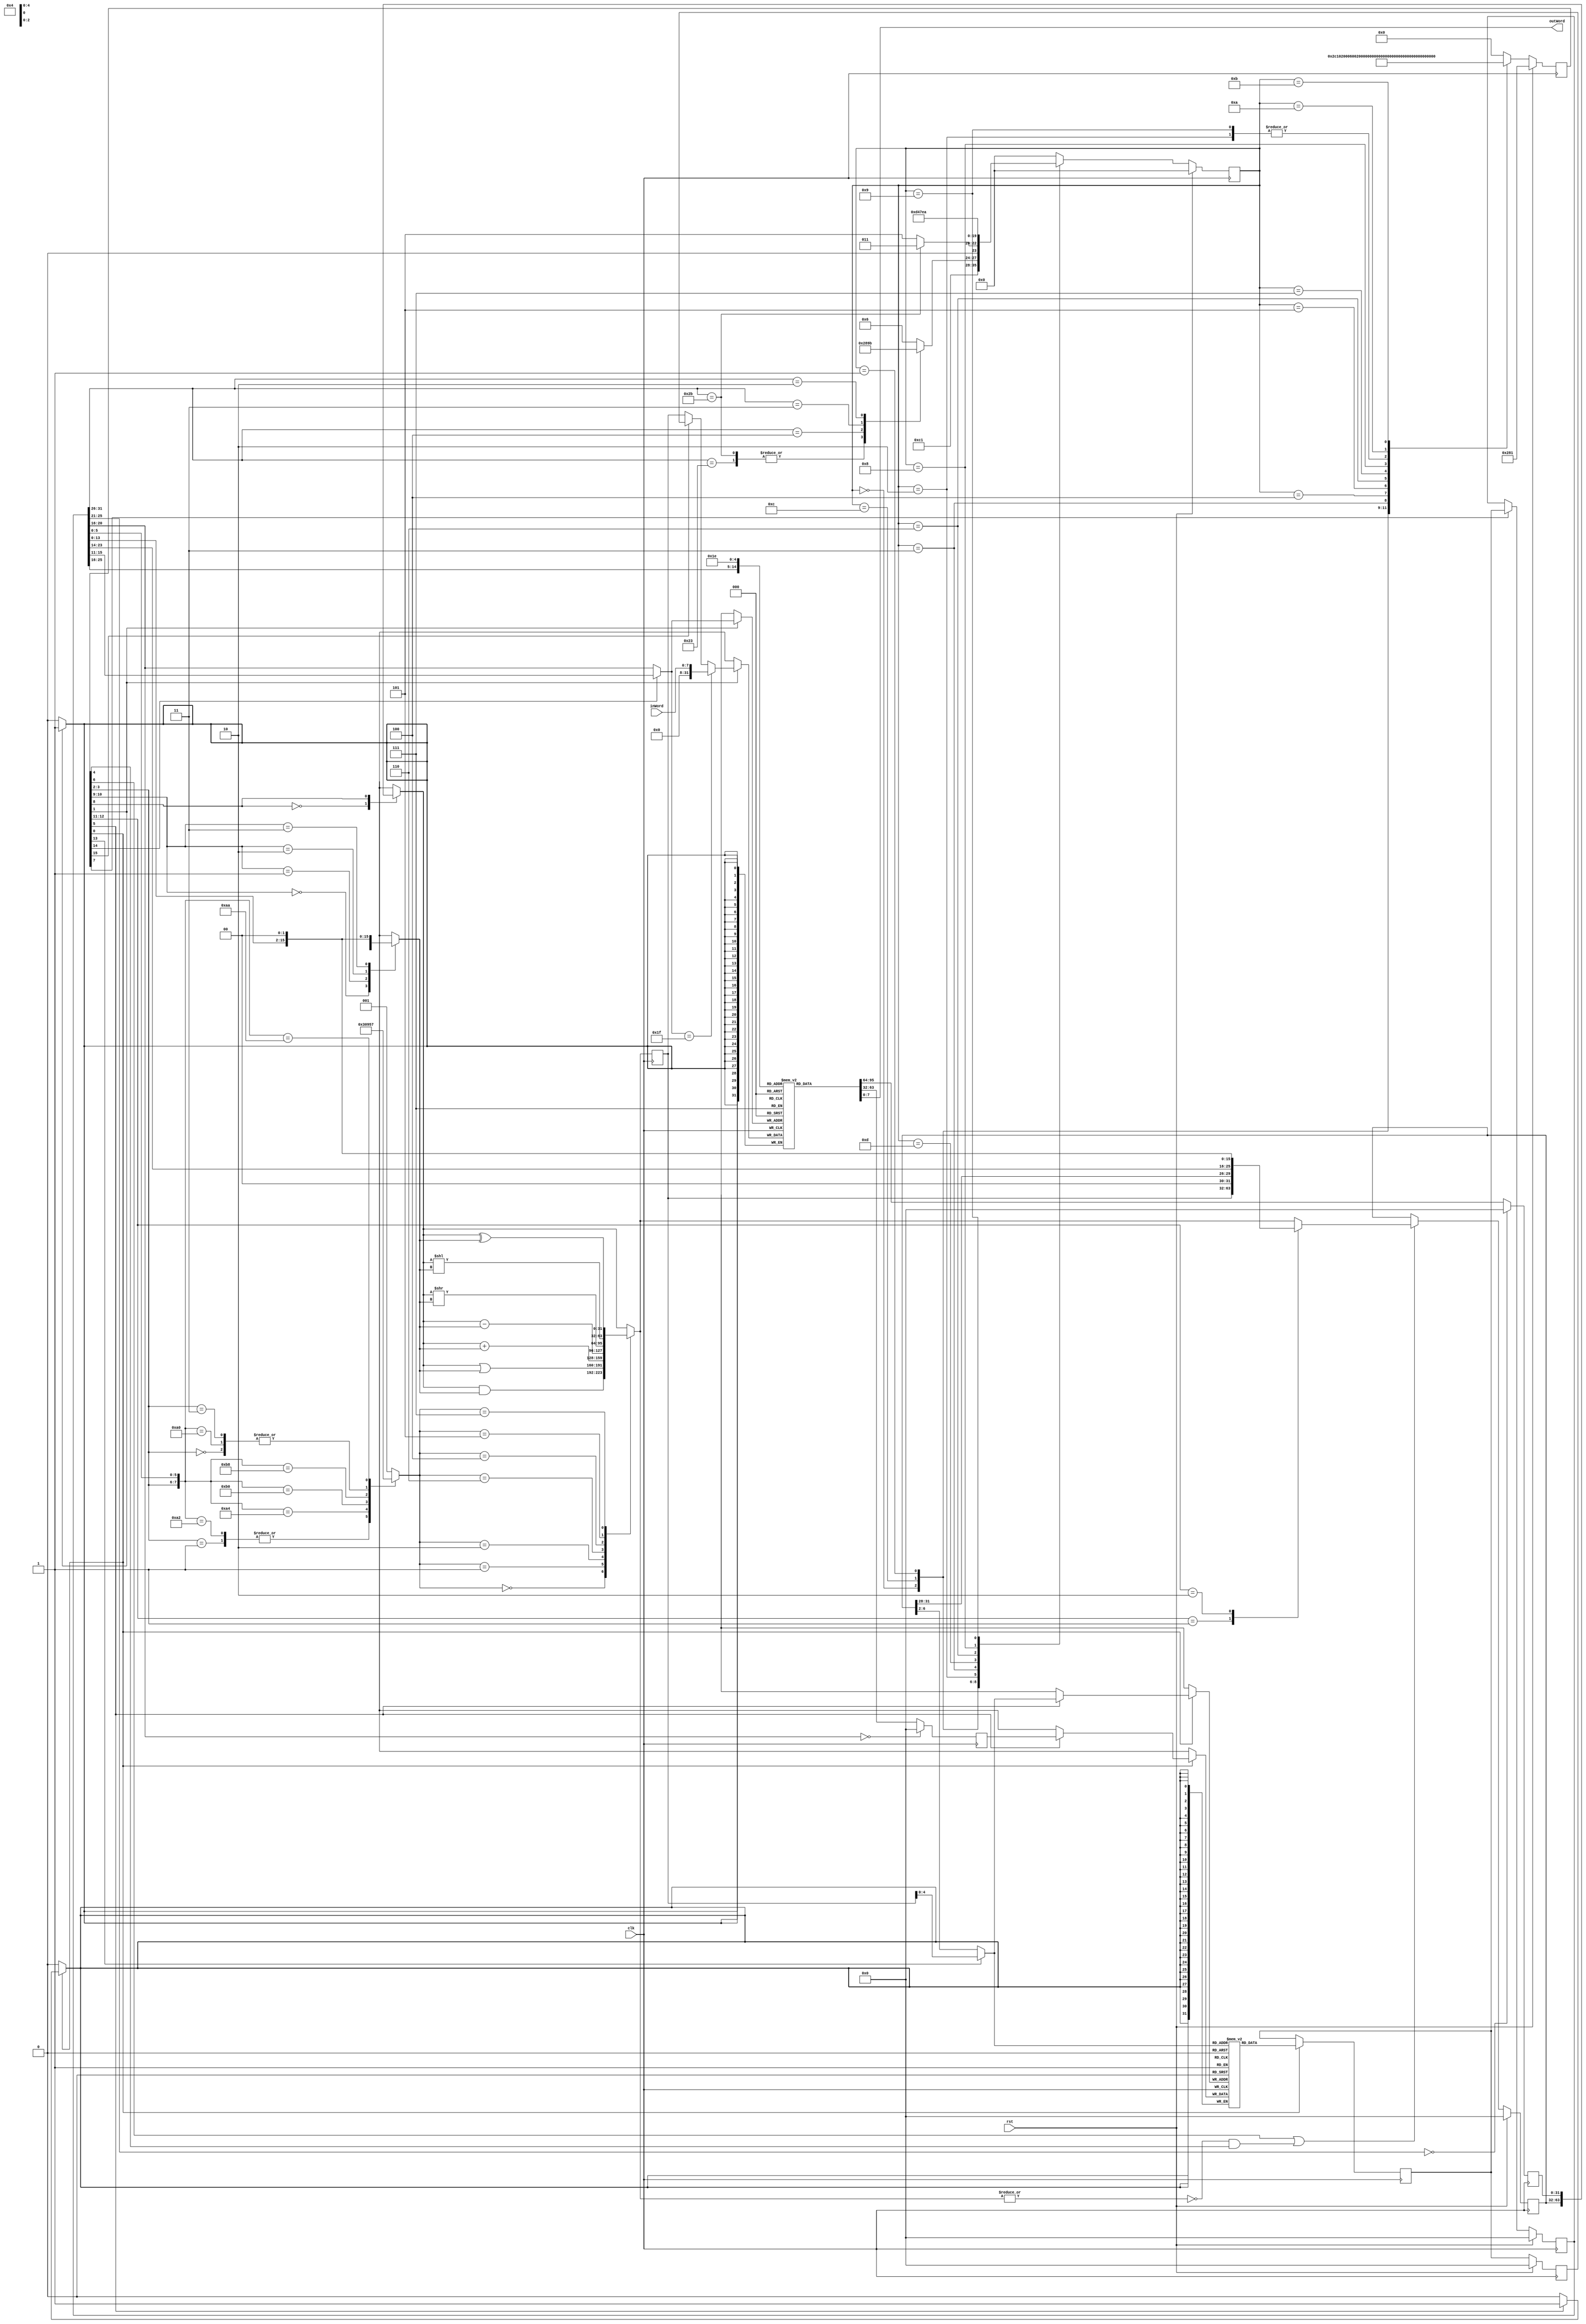
`timescale 1ns / 1ps
//////////////////////////////////////////////////////////////////////////////////
// Company:
// Engineer:
//
// Design Name:
// Module Name:    mips
// Project Name:
// Target Devices:
// Tool versions:
// Description:
//
// Dependencies:
//
// Revision:0
// Revision 0.01 - File Created
// Additional Comments:
//
//////////////////////////////////////////////////////////////////////////////////
module mips(
    input clk,
    input rst,
    output [7:0] outWord,
    //output outFlag,
    input [7:0] inWord
    //,input inFlag
    );

parameter RAM_WIDTH = 32;
parameter RAM_ADDR_BITS = 5;
parameter BUS_WIDTH = 32;

localparam  FETCH       = 4'd0,
            DECODE      = 4'd1,
            MEMADR      = 4'd2,
            MEMREAD     = 4'd3,
            MEMWRBK     = 4'd4,
            MEMWR       = 4'd5,
            EXEC        = 4'd6,
            ALUWRBK     = 4'd7,
            BRANCH      = 4'd8,
            ADDIEX      = 4'd9,
            ADDIWRBK    = 4'd10,
            POST_FETCH  = 4'd12,
            POST_FETCH2 = 4'd14,
            POST_MREAD  = 4'd13,
            JMP         = 4'd11;

localparam OpR_Type = 6'b000_000;
localparam OpSW     = 6'b100_011;
localparam OpLW     = 6'b101_011;
localparam OpBEQ    = 6'b000_100;
localparam OpADDI   = 6'b000_011;
localparam OpJMP    = 6'b000_010;


localparam  AND      = 3'b000,
            OR       = 3'b001,
            ADD      = 3'b010,
            SUBTRCT  = 3'b110,
            SRL      = 3'b100,
            SLL      = 3'b101,
            XOR      = 3'b111;


localparam  mem2reg_on       = 16'b1000_0000_0000_0000,
            reg_dest_on      = 16'b0100_0000_0000_0000,
            iod_on           = 16'b0010_0000_0000_0000,
            pc_src_0on       = 16'b0000_0000_0000_0000,
            pc_src_1on       = 16'b0000_1000_0000_0000,
            pc_src_2on       = 16'b0001_0000_0000_0000,
            alu_srcB_sel_0on = 16'b0000_0000_0000_0000,
            alu_srcB_sel_1on = 16'b0000_0010_0000_0000,
            alu_srcB_sel_2on = 16'b0000_0100_0000_0000,
            alu_srcB_sel_3on = 16'b0000_0110_0000_0000,
            alu_srcA_sel_on  = 16'b0000_0001_0000_0000,
            ir_wen_on        = 16'b0000_0000_1000_0000,
            pc_wen_on        = 16'b0000_0000_0100_0000,
            mem_we_on        = 16'b0000_0000_0010_0000,
            branch_on        = 16'b0000_0000_0001_0000,
            reg_wen_on       = 16'b0000_0000_0000_0010,
            alu_0op          = 16'b0000_0000_0000_0000,
            alu_1op          = 16'b0000_0000_0000_0100,
            alu_2op          = 16'b0000_0000_0000_1000,
            alu_3op          = 16'b0000_0000_0000_1100,
            ram_enable_on    = 16'b0000_0000_0000_0001;


wire [1:0] pc_src;    //selecciona de la fuente del nuevo dato para el program counter
wire reg_dest;        //
wire mem2reg;
reg [2:0]op_sel;
reg [RAM_WIDTH-1:0] alu_srcA; //entrada de datos a la ALU operando A
reg [RAM_WIDTH-1:0] alu_srcB; //entrada de datos a la ALU operando B
reg  [RAM_WIDTH-1:0] alu_res; //resultado de la operacion de la ALU
wire alu_srcA_sel;
wire [1:0]alu_srcB_sel;
wire alu_zero;
reg [RAM_WIDTH-1:0] mem_data_reg;
reg [RAM_WIDTH-1:0] reg_alu_res;
wire mem_we; // wire para escribir en la memoria de programa
wire iod; //instruction or data
wire ram_enable; // activa la salida de datos de la memoria de programa
reg [RAM_WIDTH-1:0] reg_outA;   //registros que almacenan la salida del register file
reg [RAM_WIDTH-1:0] reg_outB;
reg [RAM_WIDTH-1:0] inst_reg;
reg [BUS_WIDTH-1:0] pc; // registro del program counter
wire pc_wen; //enable capute data progam counter
reg [RAM_WIDTH-1:0] pc_din; // datos de entrada para el pc
wire branch;
wire ir_wen;

wire reg_wen; //habilita la escritura de los registros
//(* ram_style = "{auto|block|distributed|pipe_distributed|block_power1|block_power2}" *)
(* ram_style = "block" *)
reg [RAM_WIDTH-1:0] mem [(2**RAM_ADDR_BITS)-1:0];  //LA memoria de programa
reg [RAM_WIDTH-1:0] mem_dout;     //salida de datos de la memoria de programa

wire [RAM_ADDR_BITS-1:0] mem_addr; // address para memoria de programa
wire [RAM_WIDTH-1:0] mem_in;  // datos para escribir en la memoria
//~~~~~~~~~~~~~~~~~~~~~~~~~~~~~~~~~~~~~~~~~~~~~~~~~~~~~~~~~~~~~~~~~
// C O N T R O L   P A T H
//~~~~~~~~~~~~~~~~~~~~~~~~~~~~~~~~~~~~~~~~~~~~~~~~~~~~~~~~~~~~~~~~~

reg [3:0] control_state;
reg [15:0]  control_reg;
always@(posedge clk)
   if(rst) begin
    control_state <= FETCH;
//    control_reg <= (alu_srcB_sel_1on | ir_wen_on | pc_wen_on | ram_enable_on);
    control_reg <= (alu_srcB_sel_1on | ir_wen_on | ram_enable_on);
    end
   else begin
   control_reg <= 'b0;
   case(control_state)
      FETCH:begin
         control_state <= POST_FETCH;
         control_reg <= (alu_srcB_sel_1on | ir_wen_on | pc_wen_on | ram_enable_on);
      end
      POST_FETCH:begin  //estado de espera por que ahora la memoria es synch
         control_state <= DECODE;
//         control_reg <= (alu_srcB_sel_1on | ir_wen_on | ram_enable_on);
         control_reg <= (alu_srcB_sel_1on );
//         control_reg <= (alu_srcB_sel_1on | ram_enable_on);
         
      end
      DECODE:begin
         case(inst_reg[31:26 ]) //opcode
            OpR_Type: control_state <= EXEC;
            OpSW:     control_state <= MEMADR;
            OpLW:     control_state <= MEMADR;
            OpBEQ:    control_state <= BRANCH;
            OpADDI:   control_state <= ADDIEX; //diferenciar en el estado branch si es para beq o addi
            OpJMP:    control_state <= JMP;
            default: control_state <= EXEC;
         endcase        
         control_reg <= (alu_srcB_sel_3on);
      end
      MEMADR:begin //memory address  computation
         control_state <= (inst_reg[31:26] == OpLW)? MEMREAD:MEMWR;
         control_reg <= alu_srcA_sel_on | alu_srcB_sel_2on;
      end
      MEMREAD:begin //memory access -- espearar 1 clk cycle para tener los datos de la memoria
         control_state <= POST_MREAD;
         control_reg <= iod_on | ram_enable_on;
      end
      POST_MREAD:begin
         control_state <= MEMWRBK ;
         control_reg <= 'b0;
      end
      MEMWRBK:begin  //escribir en los registros
         control_state <= FETCH;
         control_reg <= reg_wen_on | mem2reg_on | ram_enable_on;
      end
      MEMWR:begin // memory access para op sw -- no necesita de delay extra, por ser escritura
         control_state <= FETCH;
         control_reg <= iod_on | mem_we_on | ram_enable_on;
      end
      EXEC:begin //ejecucion del comando para las instucciones tipo reg
         control_state <= ALUWRBK;
         control_reg <= alu_srcA_sel_on | alu_srcB_sel_0on | alu_2op;
      end
      ALUWRBK:begin //R type completion
         control_state <= FETCH;
         control_reg <= reg_dest_on | reg_wen_on;
      end
      BRANCH:begin //branch completion
         control_state <= POST_FETCH2;
//           control_state <= FETCH;
         //control_reg <= alu_srcA_sel_on | ram_enable_on | alu_1op | branch_on | pc_src_1on;//branch_on = pcwritecond
         control_reg <= alu_srcA_sel_on  | alu_1op | branch_on | pc_src_1on;//branch_on = pcwritecond
      end
      POST_FETCH2:begin
        control_state <= FETCH;
//        control_reg <= ram_enable_on;
      end
      ADDIEX:begin
         control_state <= ADDIWRBK;
         control_reg <= alu_srcA_sel_on | alu_srcB_sel_2on;
      end
      ADDIWRBK:begin //escribir el resultado en los registros
         control_state <= FETCH;
         control_reg <=  reg_wen_on;
      end

      JMP:begin
         control_state <= FETCH;
         control_reg <= pc_wen_on | pc_src_2on;
      end
      default:begin
         control_state <= FETCH;
//         control_reg <= ;
      end
   endcase
end


wire [1:0]alu_op;
assign mem2reg      = control_reg[15]; //cambia la fuente de los datos mux que apunta la direccion del dato a escribir en los regs
assign reg_dest     = control_reg[14]; //selecciona la fuente del address de los registros
assign iod          = control_reg[13];      //selecciona la fuente del address para la memoria ROM
assign pc_src       = control_reg[12:11];   //de donde viene la sig instruccion
assign alu_srcB_sel = control_reg[10:9]; // selecciona el operando de entrada a la ALU
assign alu_srcA_sel = control_reg[8]; // selecciona el operando de entrada a la ALU
assign ir_wen       = control_reg[7];       //activa la escritura en el instruction register
assign mem_we       = control_reg[5];       //activa la escritura en la memoria de I/D
assign pc_wen       = control_reg[6];      // habilita la escritura en el program counter
assign branch       = control_reg[4];      //se activa cuando la instriuccion es para branch
assign alu_op       = control_reg[3:2];
assign reg_wen      = control_reg[1];     // habilita la escritura en los register file
assign ram_enable   = control_reg[0];                  


            

//~~~~~~~~~~~~~~~~~~~~~~~~~~~~~~~~~~~~~~~~~~~~~~~~~~~~~~~~~~~~~~~~~
// D A T A   P A T H
//~~~~~~~~~~~~~~~~~~~~~~~~~~~~~~~~~~~~~~~~~~~~~~~~~~~~~~~~~~~~~~~~~



/******** program memory ***********/
   //  The following code is only necessary if you wish to initialize the RAM
   //  contents via an external file (use $readmemb for binary data)
   //initial
   //     $readmemh("C:/Users/iiiiii/Dropbox/tarea5/memData.dat", mem);


//   initial begin    //cargar los datos contenidos en el registro 2 + contenido del reg 1
//   mem[0]  
//   mem[4]  = 32'hfefa_ff1f;
//   mem[10]  = 32'hfede_1210;
//   mem[5]  = 32'hfede_1210;
//   end
   
   
   initial begin
       


   //mem[0] = {OpLW, 5'b00001, 5'd29,16'h0002};
//     mem[0] = {OpSW, 5'b00001, 5'd29,16'h0018};
   //mem[0] = {OpR_Type, 5'd1, 5'd2, 5'd31,  5'd0, 6'b100100}; //and
//   mem[0] = {OpR_Type, 5'd1, 5'd2, 5'd30,  5'd0, 6'b100101}; //or
//   mem[0] = {OpR_Type, 5'd1, 5'd2, 5'd30,  5'd0, 6'b100000}; //add
//   mem[0] = {OpR_Type, 5'd1, 5'd2, 5'd30,  5'd0, 6'b110000}; //srl
//   mem[0] = {OpR_Type, 5'd1, 5'd2, 5'd30,  5'd0, 6'b101010}; //xor
//     mem[0] = {OpBEQ, 5'd29, 5'd28,-16'h0001}; //beq**************
//   mem[0] = {OpADDI, 5'd0, 5'd0,16'h0001}; //addi op + reg_source + reg_dest + word 
//   mem[0] = {OpJMP, 26'd5}; //jmp
//   mem[0] = {OpJMP, 26'd12}; //jmp
     //mem[1] = {OpBEQ, 5'd29, 5'd28,-16'h0001}; 
     
   
   mem[0] = {OpADDI, 5'd0, 5'd1,16'h0100}; //almacenar la mascara en el reg 1
   mem[1] = {OpADDI, 5'd0, 5'd31,16'h0000}; // captura el valor de salida de la uart
   mem[2] = {OpR_Type,5'd1,5'd31,5'd2, 6'b100100};//hacer una and del reg 31 y la mask 
   mem[3] = {OpBEQ, 5'd0, 5'd2, 16'h0001}; //beq**************
   mem[4] = {OpJMP, 26'd1}; //jmp a inicio
   mem[5] = {OpADDI, 5'd0, 5'd5,16'h0000};     //guardar operando 1 en R5
   



     
     
     mem[6] = {OpADDI, 5'd29, 5'd29,16'h0035};
//   mem[2] = 32'h0000_0005;
//   mem[3] = 32'h0000_0006;
//   mem[4] = 32'h0000_0007;
// mem[5] = 32'h0000_0008;
//   mem[6] = 32'h0000_0009;
     mem[7] = 32'h0000_0010;
   mem[8] = {OpADDI, 5'd2, 5'd2,16'h1111};
   mem[9] = {OpADDI, 5'd9, 5'd9,16'h3333};
   mem[10] = {OpADDI, 5'd29, 5'd28,16'h0001};
   mem[11] = {OpJMP, 26'd1}; //jmp
   mem[12] = 32'h0000_0014;
   mem[13] = 32'h0000_0015;
   mem[14] = 32'h0000_0169;
   mem[15] = 32'h0000_0179;
   mem[16] = 32'h0000_0009;
   mem[17] = 32'h0000_0189;
   mem[18] = 32'h0000_0019;
   mem[19] = 32'h0000_0009;
   mem[20] = 32'h0020_0009;
   mem[21] = 32'h0000_2109;
   mem[22] = 32'h0000_0022;
   mem[23] = 32'h2300_0009;
   mem[24] = 32'h0024_0009;
   mem[25] = 32'h0000_2509;
   mem[26] = 32'h0000_0026;
   mem[27] = 32'h2700_0009;
   mem[28] = 32'h0028_0009;
   mem[29] = 32'h0000_0000;
   mem[30] = 32'h0000_0030;
   mem[31] = 32'h3100_0009;
   
end
   
   
   
   //mux de entrada para address de memdata
   assign mem_addr = (iod)? reg_alu_res:{2'b00,pc[31:2]};
   assign mem_in = reg_outB;
   
   always @(posedge clk)
      if (ram_enable) begin
         if (mem_we)
            mem[mem_addr] <= mem_in;
         mem_dout <= mem[mem_addr];
      end
/******** program memory ***********/


/******** progam counter **********/


//mux para la entrada de pc

always@(*)
   case(pc_src)
      2'b00: pc_din = alu_res; //salida directa de la ALU
      2'b01: pc_din = reg_alu_res; //salida registrada de la ALU
      2'b10: pc_din = {pc[31:28],{inst_reg[23:0],2'b00}};
      default: pc_din = alu_res;
   endcase
always@(posedge clk) begin
   if(rst)
      pc <= {BUS_WIDTH{1'b0}};
   else
      pc <= (pc_wen || (alu_zero && branch))? pc_din:pc;
end
/******** /progam counter **********/

/******* register file ***************/
//Dual port distributed async memory

(* ram_style="distributed" *)
reg [RAM_WIDTH-1:0] registers [(2**RAM_ADDR_BITS)-1:0];

initial begin
   registers[0] = 32'h0000_0011;
   registers[1] = -32'h0000_0005;
   registers[2] = 32'h0000_0001;
   registers[3] = 32'h0000_0003;
   registers[4] = 32'h0000_0004;
   registers[5] = 32'h0000_0005;
   registers[6] = 32'h0000_0006;
   registers[7] = 32'h0000_0007;
   registers[8] = 32'h0000_0009;
   registers[9] = 32'h0000_0009;
   registers[10] = 32'h0000_0010;
   registers[11] = 32'h0000_0011;
   registers[12] = 32'h0000_0012;
   registers[13] = 32'h0000_0012;
   registers[14] = 32'h0000_0013;
   registers[15] = 32'h0000_0014;
   registers[16] = 32'h0000_0005;
   registers[17] = 32'h0000_0016;
   registers[18] = 32'h0000_0017;
   registers[19] = 32'h0000_0018;
   registers[20] = 32'h0000_0019;
   registers[21] = 32'h0000_0020;
   registers[22] = 32'h0000_0021;
   registers[23] = 32'h0000_0022;
   registers[24] = 32'h0000_0023;
   registers[25] = 32'h0000_0024;
   registers[26] = 32'h0000_0025;
   registers[27] = 32'h0000_0026;
   registers[28] = 32'h0000_0027;
   registers[29] = 32'h0000_0000;
   registers[30] = 32'h0000_0030;
   registers[31] = 32'h0000_0030;
   
end

wire [RAM_WIDTH-1:0] outA; //salida A combinacional de los registros
wire [RAM_WIDTH-1:0] outB; //salida B combinacional de los registros

wire [RAM_ADDR_BITS-1:0] reg_addrA, reg_addrB; //read address
wire [RAM_ADDR_BITS-1:0] reg_waddr; //direcciona los registros a escribir
wire [RAM_WIDTH-1:0] reg_din; //datos a escribir

//mux para seleccionar la addrs de escritura de los regs
//wire reg_dst;
assign reg_waddr = (reg_dest)? inst_reg[15:11]:inst_reg[20:16];
//mux para datos a escrbir en los registros

assign reg_din = (mem2reg)? mem_data_reg:reg_alu_res;


assign reg_addrA = inst_reg[25:21];
assign reg_addrB = inst_reg[20:16];

always @(posedge clk)
   if (reg_wen)
      registers[reg_waddr] <= (reg_waddr == 5'd31)? inWord:reg_din; 
    //registro 31 como entrada

// registro cero solo lectura
assign outA = (reg_addrA == {RAM_ADDR_BITS{1'b0}})?  {RAM_WIDTH{1'b0}}:registers[reg_addrA];
assign outB = (reg_addrB == {RAM_ADDR_BITS{1'b0}})?  {RAM_WIDTH{1'b0}}:registers[reg_addrB];
/*
** Registro 30 salida de datos
*/
assign outWord = registers[5'd30];

always@(posedge clk)
   reg_outA <= outA;

always@(posedge clk)
   reg_outB <= outB;
/****** /register file **************/


/********** instruction reg***********/


always@(posedge clk)
   if(rst)
      inst_reg <= {RAM_WIDTH{1'b0}};
   else
      inst_reg <= (ir_wen)? mem_dout:inst_reg;
/********** /instruction reg***********/


/********** ALU *********************/
// operaciones que debe realizar la ALU
// ADD
// shift left
// shift rigth
// and
// or
// xor


//----------->>> MUX para entrada A de ALU
always@(*)
case(alu_srcA_sel)
   1'b0: alu_srcA = pc;
   1'b1: alu_srcA = reg_outA;
   default: alu_srcA = reg_outA;
 endcase
//----------->>> MUX para entrada B de ALU
wire [RAM_WIDTH-1:0] sign_ext = $signed({ {16{ inst_reg[15] }}, inst_reg[15:0]});
always@(*)
case(alu_srcB_sel)
   2'b00: alu_srcB = reg_outB;
   2'b01: alu_srcB = 32'h4;
   2'b10: alu_srcB = sign_ext;//extension de signo para los comandos imm
   2'b11: alu_srcB = {sign_ext[13:0],2'b00}; //shift left 2
   default: alu_srcB = reg_outB;
 endcase

 localparam _LOAD_WORD  	= 8'b00_XXXXXX,
				_STORE_WORD 	= 8'b00_XXXXXX,
				_BRANCH_EQ	= 8'b01_XXXXXX,
				_ADD			= 8'b10_100000,
				_SUBTRACT  	= 8'b10_100010,
				_AND			= 8'b10_100100,
				_OR			= 8'b10_100101,
				_SRL			= 8'b10_110000,
				_SLL			= 8'b10_111000,
				_ADDI		   = 8'b11_XXXXXX,
				_XOR			= 8'b10_101010;



always@(*)
   casex({alu_op, inst_reg[5:0]}) //salida de la control FSM 2 bit y del inst reg funct field 6bit
      _LOAD_WORD:  op_sel = ADD;
    //  _STORE_WORD: op_sel = ADD;
      _BRANCH_EQ:  op_sel = SUBTRCT;
      _ADD:	      op_sel = ADD;
      _SUBTRACT:   op_sel = SUBTRCT;
      _AND:        op_sel = AND;
      _OR:         op_sel = OR;
      _SRL:        op_sel = SRL;
      _SLL:        op_sel = SLL;
      _ADDI:       op_sel = ADD;
      _XOR:        op_sel = XOR;
      default:    op_sel = OR;
   endcase

always@(*)
case(op_sel)
   AND:
      alu_res = alu_srcA & alu_srcB;
   OR:
      alu_res = alu_srcA | alu_srcB;
   ADD:
      alu_res = $signed(alu_srcA) + $signed(alu_srcB);
   SUBTRCT:
      alu_res = $signed(alu_srcA) - $signed(alu_srcB);
   SRL:
      alu_res = alu_srcA >> alu_srcB;
   SLL:
      alu_res = alu_srcA << alu_srcB;
   XOR:
      alu_res = alu_srcA ^ alu_srcB;
   default:
      alu_res = alu_srcA;
endcase

assign alu_zero = !(|alu_res); //indica cuando el resultado de la operacion es cero
                               // solo se debe tomar en cuenta cuando la operaciones de tipo
                               //arithmetico

always@(posedge clk)
   reg_alu_res <= alu_res;

/********** /ALU *********************/

/********** memory data reg***********/

always@(posedge clk)
   if(rst)
      mem_data_reg <= {RAM_WIDTH{1'b0}};
   else
      mem_data_reg <= mem_dout;
/********** /memory data reg **********/

/******* /data path ***************/
endmodule